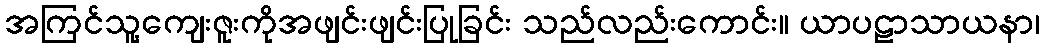
အကြင်သူ့ကျေးဇူးကိုအဖျင်းဖျင်းပြုခြင်း သည်လည်းကောင်း။ ယာပဠာသာယနာ၊